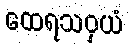
ထေရသဝှယံ